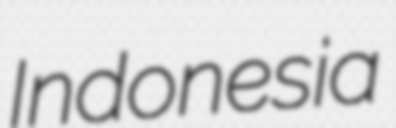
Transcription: Indonesia